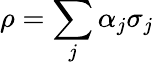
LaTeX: \rho=\sum_{j}\alpha_{j}\mathbf{\sigma}_{j}